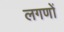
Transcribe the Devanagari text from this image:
लगणों